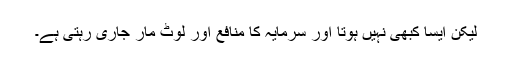
لیکن ایسا کبھی نہیں ہوتا اور سرمایہ کا منافع اور لوٹ مار جاری رہتی ہے۔